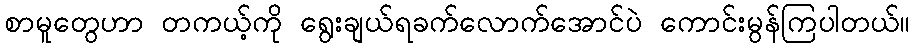
စာမူတွေဟာ တကယ့်ကို ရွေးချယ်ရခက်လောက်အောင်ပဲ ကောင်းမွန်ကြပါတယ်။